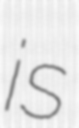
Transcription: is